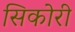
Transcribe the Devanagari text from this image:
सिकोरी